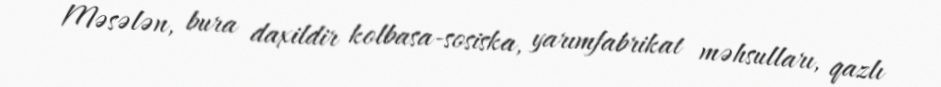
Məsələn, bura daxildir kolbasa-sosiska, yarımfabrikat məhsulları, qazlı